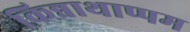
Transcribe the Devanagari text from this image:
किन्नाथाप्पम